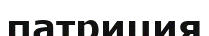
патриция